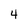
Character: 4